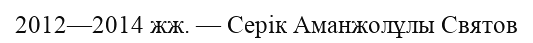
2012—2014 жж. — Серік Аманжолұлы Святов